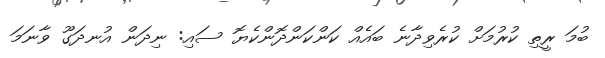
ބުމަ ރީތި ކުރުމަށް ކުރެވިދާނެ ބައެއް ކަންކަންދޮންކެޔޮ ސައި: ނިދަން އުނދަގޫ ވާނަމަ